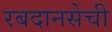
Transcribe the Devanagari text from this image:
रबदानसेची